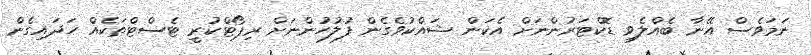
ނަމަވެސް އޭނާ ބެއްލެވި ޑޮކްޓަރުންނަށް އެކަން ޝައްކުވެގެން ފުލުހުންނަށް ރިޕޯޓްކުރީ ޓެސްޓްތަކެއް ހަދައިގެން